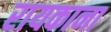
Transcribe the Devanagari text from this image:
रायकाना